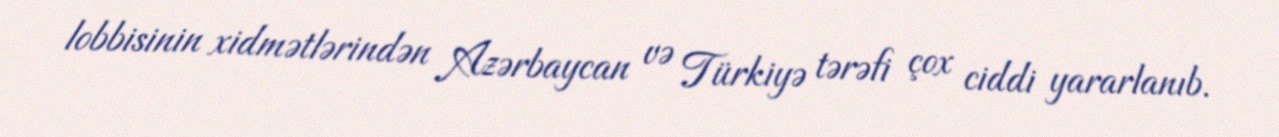
lobbisinin xidmətlərindən Azərbaycan və Türkiyə tərəfi çox ciddi yararlanıb.